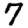
Digit: 7